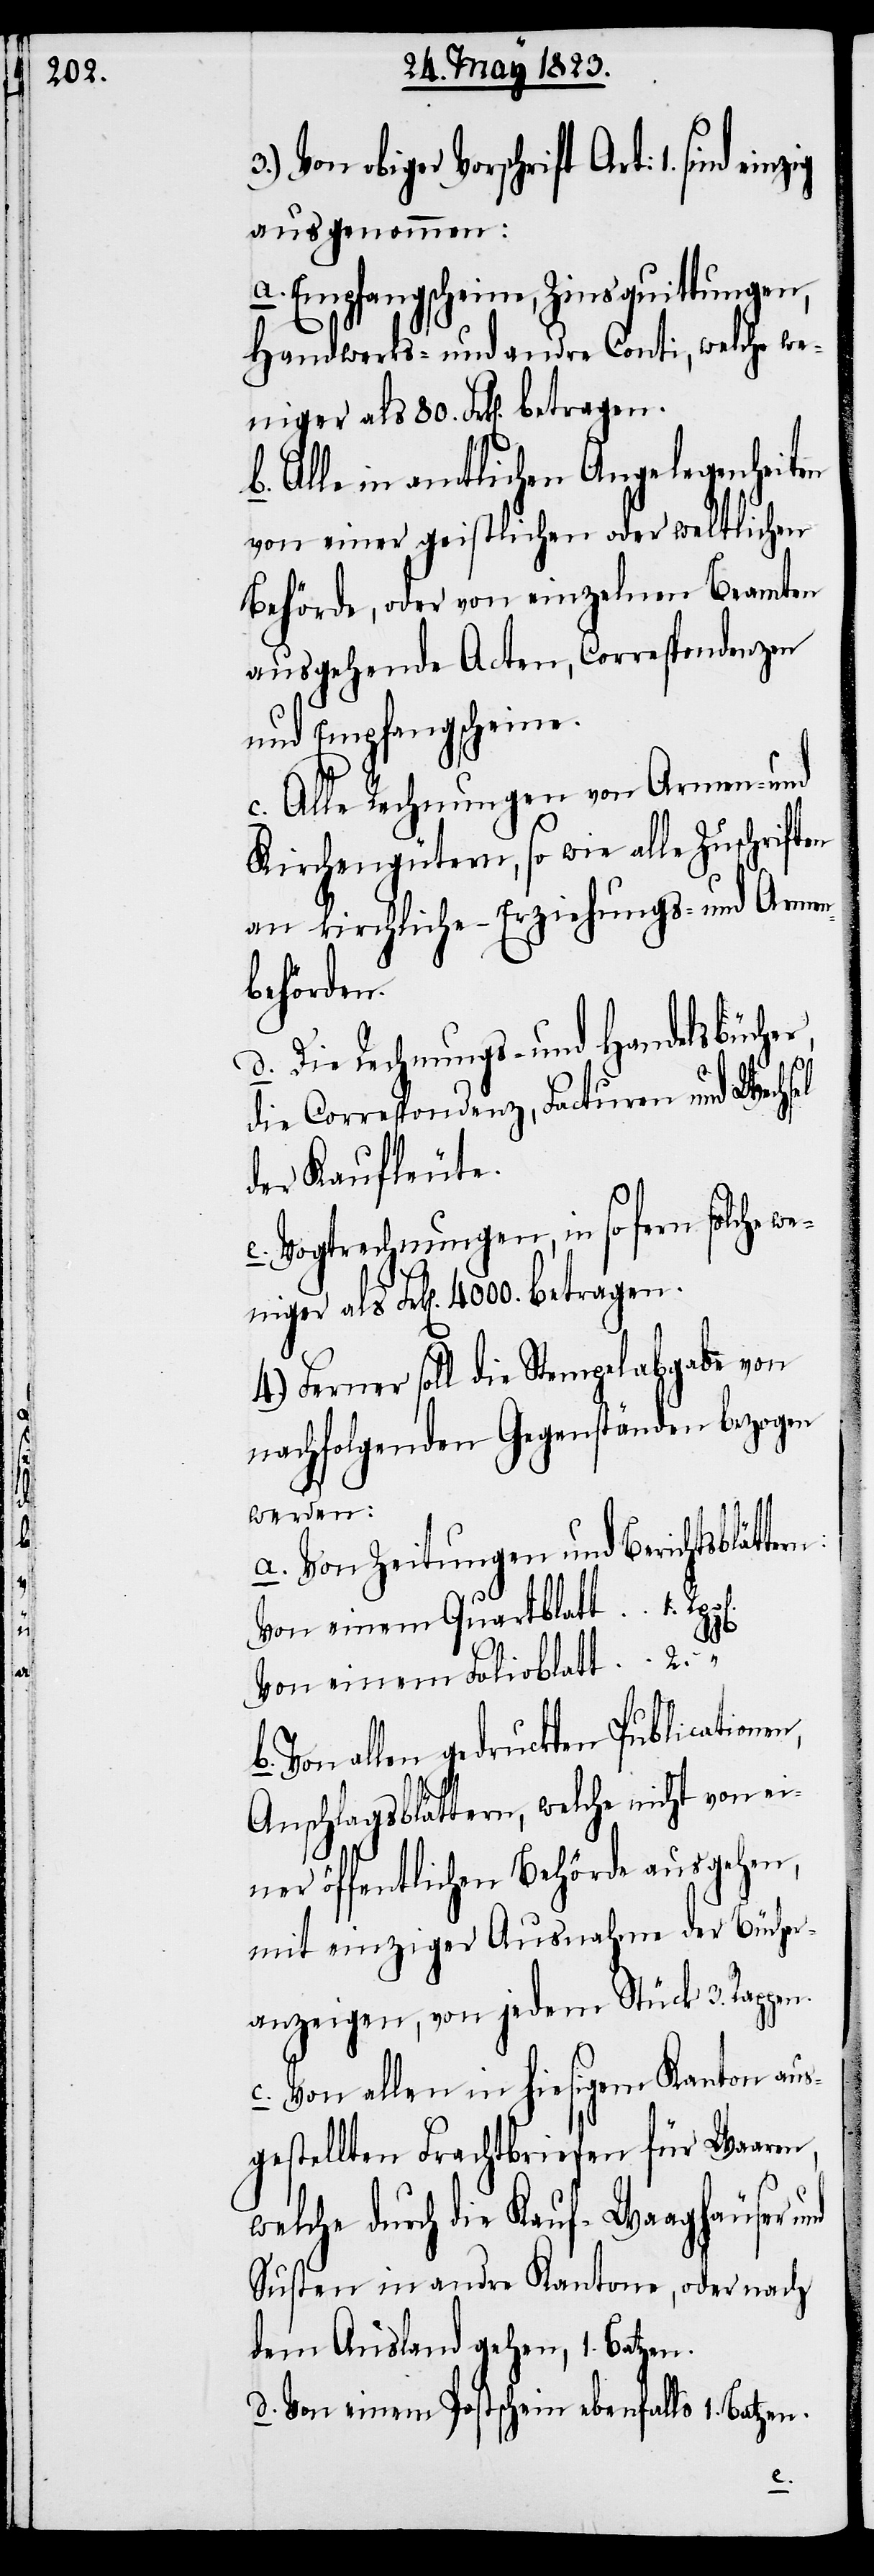
en,

3.) Von obiger Vorschrift Art: 1. sind
ausgenommen:
a. Empfangscheine, Zinsquittungen,
Handwerks- und andre Conti, welche we¬
Alle in amtlichen Angelegenheiten
von einer geistlichen oder weltlichen
Behörde, oder von einzelnen Beamten
ausgehende Acten, Correspondenzen
und Empfangscheine.
c. Alle Rechnungen von Armen- und
Kirchengütern, so wie alle Zuschriften
an kirchliche – Erziehungs- und Armen¬
behörden.
d. Die Rechnungs- und Handelsbüche¬
die Correspondenz, Facturen und Wechsel
der Kaufleute.
e. Vogtrechnungen, in so fern solche we¬
niger als 80. Frk[en].
4.) Ferner soll die Stempelabgabe von
nachfolgenden Gegenständen bezogen
werden:
a. Von Zeitungen und Berichtsblätte¬
Von einem Quartblatt
b.
Von einem Folioblatt
Von allen gedruckten Publication¬
Anschlagsblättern, welche nicht von ei¬
ner öffentlichen Behörde ausgehen,
mit einziger Ausnahme der Bücher¬
anzeigen, von jedem Stück 3. Rappen.
c. Von allen in hiesigem Kanton aus¬
gestellten Frachtbriefen für Waaren,
welche durch die Kauf-[,] Waaghäuser
Susten in andre Kantone, oder nach
dem Ausland gehen, 1. Batzen.
d. Von einem Postschein ebenfalls 1. Batzen.
2.